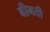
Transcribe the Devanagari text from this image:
बीनती